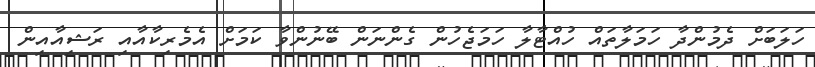
ހަލަބަށް ދެމުންދާ ހަމަލާތައް ހުއްޓާލާ ހަމަޖެހުން ގެންނަން ބޭނުންވާ ކަމަށް އެމެރިކާއާއި ރަޝިއާއިން